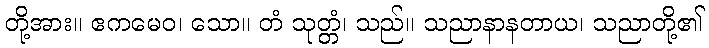
တို့အား။ ဧကမေဝ၊ သော။ တံ သုတ္တံ၊ သည်။ သညာနာနတာယ၊ သညာတို့၏